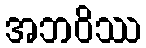
အဘဝိဿ